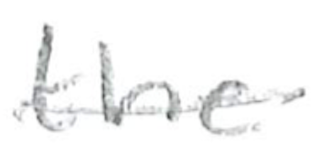
Text: the
Cross-out: mix
Writing tool: pencil